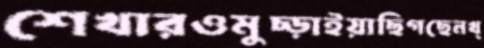
শেখারওমুচ্‌ড়াইয়াছিগছেনখ্